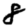
Digit: 8